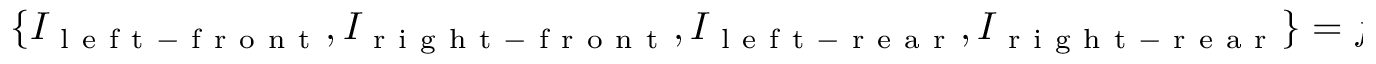
\{ I _ { \mathrm { ~ l ~ e ~ f ~ t ~ - ~ f ~ r ~ o ~ n ~ t ~ } } , I _ { \mathrm { ~ r ~ i ~ g ~ h ~ t ~ - ~ f ~ r ~ o ~ n ~ t ~ } } , I _ { \mathrm { ~ l ~ e ~ f ~ t ~ - ~ r ~ e ~ a ~ r ~ } } , I _ { \mathrm { ~ r ~ i ~ g ~ h ~ t ~ - ~ r ~ e ~ a ~ r ~ } } \} = f _ { \mathrm { ~ r ~ e ~ n ~ d ~ e ~ r ~ } } \left( \Phi , S , R , O , D \right) ,